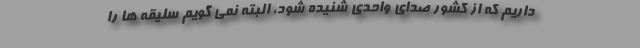
داریم که از کشور صدای واحدی شنیده شود، البته نمی گویم سلیقه ها را